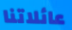
عائلاتنا